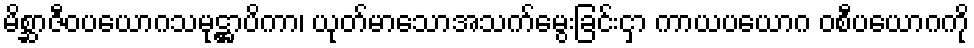
မိစ္ဆာဇီဝပယောဂသမုဋ္ဌာပိကာ၊ ယုတ်မာသောအသက်မွေးခြင်းငှာ ကာယပယောဂ ဝစီပယောဂကို